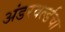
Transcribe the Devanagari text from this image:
अंडरवर्ल्डचा